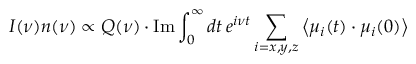
I ( \nu ) n ( \nu ) \propto Q ( \nu ) \cdot \mathrm { I m } \int _ { 0 } ^ { \infty } d t \, e ^ { i \nu t } \sum _ { i = x , y , z } \left\langle { \mu } _ { i } ( t ) \cdot { { \mu } _ { i } } ( 0 ) \right\rangle